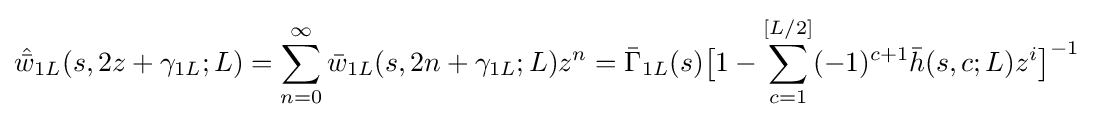
{\hat {\bar {w}}}_{1L}(s,2z+\gamma _{1L};L)=\sum _{n=0}^{\infty }{\bar {w}}_{1L}(s,2n+\gamma _{1L};L)z^{n}={\bar {\Gamma }}_{1L}(s){\big [}1-\sum _{c=1}^{[L/2]}(-1)^{c+1}{\bar {h}}(s,c;L)z^{i}{\big ]}^{-1}